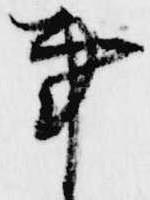
事